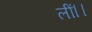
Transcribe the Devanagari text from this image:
लीं।।